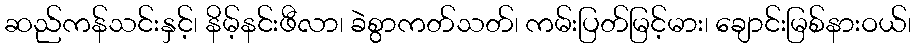
ဆည်ကန်သင်းနှင့်၊ နိမ့်နင်းဖီလာ၊ ခဲစွာကတ်သတ်၊ ကမ်းပြတ်မြင့်မား၊ ချောင်းမြစ်နားဝယ်၊